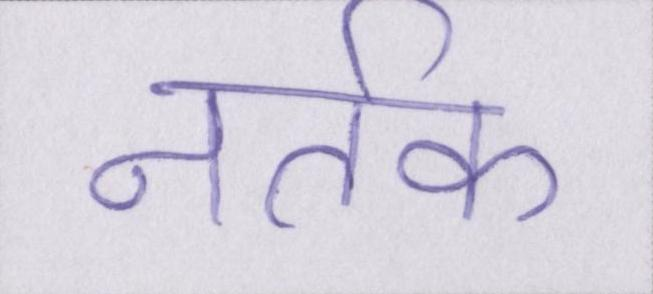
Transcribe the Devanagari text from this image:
नर्तक